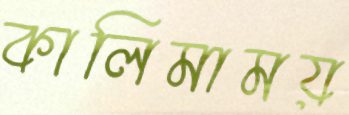
কালিমাময়